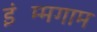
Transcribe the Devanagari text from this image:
इंम्मिंगाम